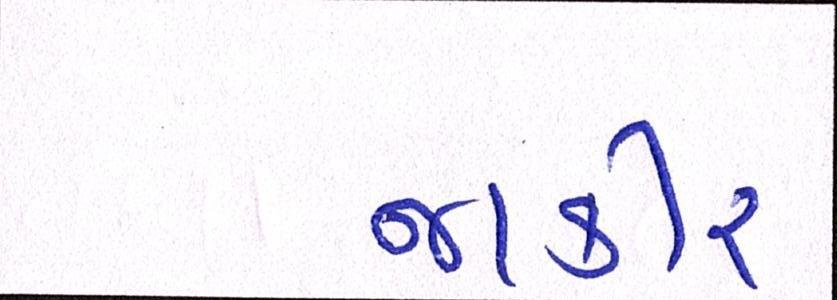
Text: જાકીર